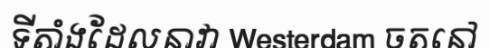
ទីតាំងដែលនាវា Westerdam ចតនៅ